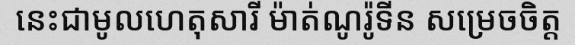
នេះជាមូលហេតុសារី ម៉ាត់ណូរ៉ូទីន សម្រេចចិត្ត